Lunatic asylums Madras 1892-1911 - 1892-1911
Year: 1892
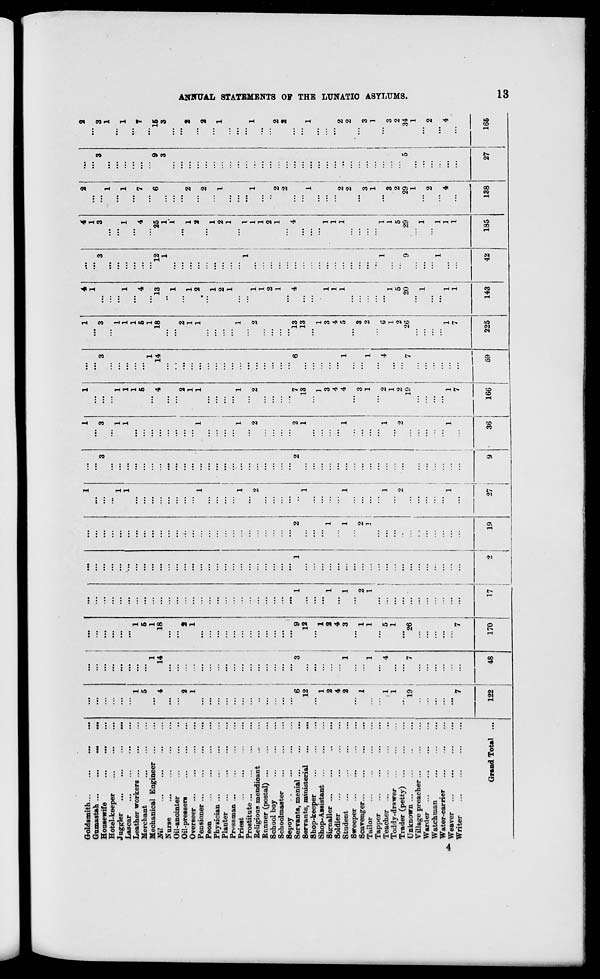
Goldsmith
1
...
...
1
...
1
1
...
1
4
...
4
2
....
2
Gumastah
...
...
...
...
1
...
1
...
...
...
Housewife
...
...
3
3
3
3
...
3
3
...
3
3
Hotel-keeper
...
...
...
...
1
...
1
Juggler
...
1
1
1
...
1
...
...
...
...
...
...
Lascar
1
1
1
...
1
1
...
1
1
...
1
Leather workers
...
1
1
1
1
...
...
...
Merchant
5
5
5
...
6
4
...
4
7
...
7
Mechanical Engineer ...
...
1
1
...
1
1
...
...
...
...
...
...
Nil
4
14
18
...
...
4
14
18
13
12
25
6
9
15
Nurse
•••
...
..
1
1
...
3
3
Oil-anointer
1
...
1'
...
...
...
Oil-pressers
2
2
.4.
2
...
2
...
...
...
...
...
...
►
Overseer ...
...
1
1
...
1
1
1
...
1
2
...
2
a
Pensioner
...
1
1
1
1
§ 2
...
2
...
...
...
$
Peon
...
...
...
2
...
2
Physician ...
...
...
1
...
1
...
...
...
t*
Planter
...
...
2
...
2
1
1
00
Pressman ...
...
...
...
1
1
...
...
s
I
Priest
'.'.'.
...
1
...
1
1
1
...
...
...
...
...
Prostitute...
...
...
...
...
...
1
1
...
...
Religious mendicant
..
...
...
2
2
2
2
1
...
1
1
1
Rnnner (postal) ...
...
...
1
1
...
...
...
School boy
Schoolmaster
...
...
...
...
...
...
...
...
...
...
...
2
1
...
2
1
2
...
" 2
0Q
Sepoy
.
...
...
...
...
...
2
...
2
O
4
ServantB, menial ...
6
3
9
1
1
2
..
2
2
7
6
13
4
...
4
...
...
...
Servants, ministerial
12
12
...
1
...
1
13
13
...
...
...
...
3
Shop-keeper
...
...
1
...
1
Shop-Assistant ...
1
...
" 1
...
' 1
1
...
...
...
...
...
Siernaller
2
2
1
...
1
3
3
1
...
1
...
...
I
Soldier
4
4
...
...
4
...
4
1
...
1
...
...
...
Student
...
2
" 1
3
1
...
1
1
' 1
4
1
5
1
...
1
2
2
Sweeper ...
...
...
...
...
2
...
2
►3
Scavenger
1
...
1
2
"" 2
...
...
3
...
3
...
...
...
...
...
O
Tailor
...
1
1
1
2
...
1
1
2
...
3
...
3
>
Tapper
i
...
...
...
...
...
1
...
1
OS
Teacher
...
1
4
5
...
'
...
...
1
1
2
4
6
1
1
...
...
...
Toddy-drawer
1
...
1
1
...
1
1
1
1
3
3
d
Trader (petty) ...
...
...
'
2
2
2
2
5
5
2
2
£
Unknown ...
" 19
7
'"26
... '
...
19
' 7
26
20
9
29
29
5
34
0Q
Village preacher ...
...
...
...
...
1
...
1
Warder
...
...
...
...
1
...
1
...
...
...
Watchman
...
...
...
...
...
2
...
2
Water-carrier
...
...
...
...
...
...
1
1
...
...
Weaver
1
1
1
1
1
...
1
4
...
4
Writer
...
7
...
' 7
...
...
...
7
...
7
1
1
Grand Total ...
122 1
48
170
17
i
2
19
27 !
i
9
36
166 i
1
59
225
143
42
185
138
27
165